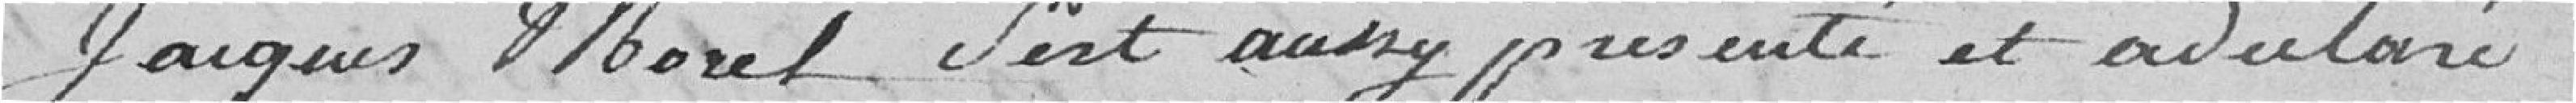
Jacques Morel s'est aussy présenté et à déclaré